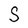
Character: S